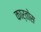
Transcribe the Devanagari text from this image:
कार्तोस